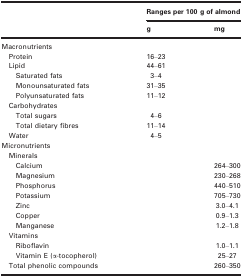
<table><thead><tr><td rowspan="2">[EMPTY_CELL]</td><td colspan="2"><b>Ranges per 100 g of almond</b></td></tr><tr><td><b>g</b></td><td><b>mg</b></td></tr></thead><tbody><tr><td colspan="3">Macronutrients</td></tr><tr><td>Protein</td><td>16–23</td><td>[EMPTY_CELL]</td></tr><tr><td>Lipid</td><td>44–61</td><td>[EMPTY_CELL]</td></tr><tr><td>Saturated fats</td><td>3–4</td><td>[EMPTY_CELL]</td></tr><tr><td>Monounsaturated fats</td><td>31–35</td><td>[EMPTY_CELL]</td></tr><tr><td>Polyunsaturated fats</td><td>11–12</td><td>[EMPTY_CELL]</td></tr><tr><td colspan="3">Carbohydrates</td></tr><tr><td>Total sugars</td><td>4–6</td><td>[EMPTY_CELL]</td></tr><tr><td>Total dietary fibres</td><td>11–14</td><td>[EMPTY_CELL]</td></tr><tr><td>Water</td><td>4–5</td><td>[EMPTY_CELL]</td></tr><tr><td colspan="3">Micronutrients</td></tr><tr><td colspan="3">Minerals</td></tr><tr><td>Calcium</td><td>[EMPTY_CELL]</td><td>264–300</td></tr><tr><td>Magnesium</td><td>[EMPTY_CELL]</td><td>230–268</td></tr><tr><td>Phosphorus</td><td>[EMPTY_CELL]</td><td>440–510</td></tr><tr><td>Potassium</td><td>[EMPTY_CELL]</td><td>705–730</td></tr><tr><td>Zinc</td><td>[EMPTY_CELL]</td><td>3.0–4.1</td></tr><tr><td>Copper</td><td>[EMPTY_CELL]</td><td>0.9–1.3</td></tr><tr><td>Manganese</td><td>[EMPTY_CELL]</td><td>1.2–1.8</td></tr><tr><td colspan="3">Vitamins</td></tr><tr><td>Riboflavin</td><td>[EMPTY_CELL]</td><td>1.0–1.1</td></tr><tr><td>Vitamin E (α‐tocopherol)</td><td>[EMPTY_CELL]</td><td>25–27</td></tr><tr><td>Total phenolic compounds</td><td>[EMPTY_CELL]</td><td>260–350</td></tr></tbody></table>